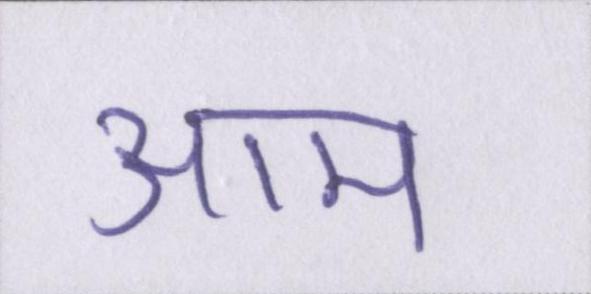
आम